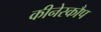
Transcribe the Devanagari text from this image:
कीनेस्कौप